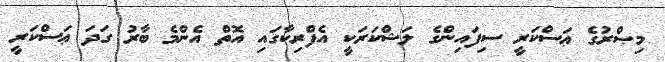
މިޞްރުގެ ޢަސްކަރީ ސިފައިންގެ ލަޝްކަރަކީ އެފްރިކާގައި އޮތް އެންމެ ބާރު ގަދަ ޢަސްކަރީ